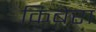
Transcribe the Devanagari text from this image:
किबेरा